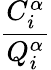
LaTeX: \frac{C_{i}^{\alpha}}{Q_{i}^{\alpha}}